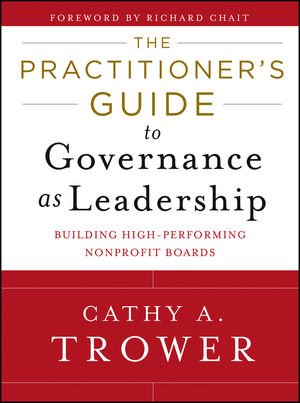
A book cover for The Practitioner's Guide to Governance as Leadership: Building High-Performing Nonprofit Boards; Cathy A. Trower; Business & Money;